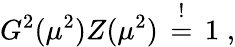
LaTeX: G^{2}(\mu^{2})Z(\mu^{2})\, \stackrel{!}{=}\, 1\; ,